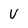
Character: V